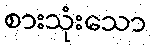
စားသုံးသော